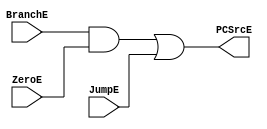
`timescale 1ps/1ps

module PCSrcE_M (
    input             JumpE,
    input             BranchE,
    input             ZeroE,
    output reg        PCSrcE
);

    always @ (*) begin
      PCSrcE = (BranchE & ZeroE) | JumpE;     
    end

endmodule